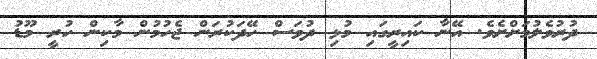
ދުރުވެލުމަށްށެވެ. އޭނާ ކައިރީގައި މުޅި ދުވަސް ހޭދަކުރަން ޖެހުމުން މާކިން ހުރީ މޫޑު